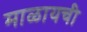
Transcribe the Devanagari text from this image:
माळायची